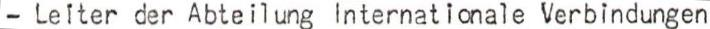
- Leiter der Abteilung internationale Verbindungen